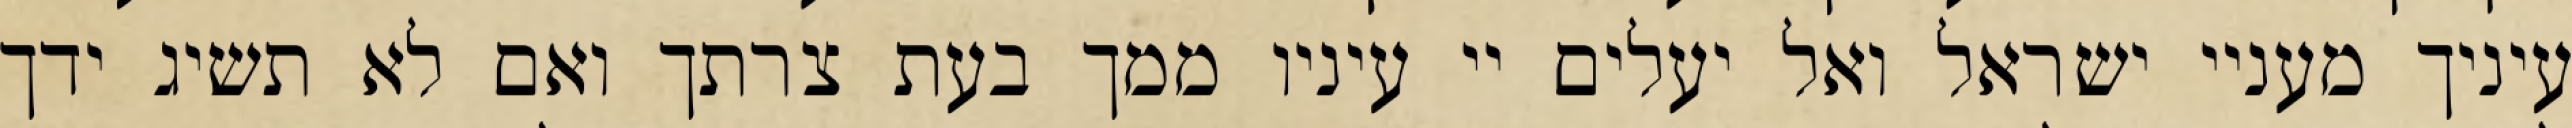
עיניך מעניי ישראל ואל יעלים יי עיניו ממך בעת צרתך ואם לא תשיג ידך